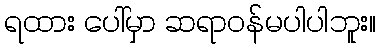
ရထား ပေါ်မှာ ဆရာဝန်မပါပါဘူး။